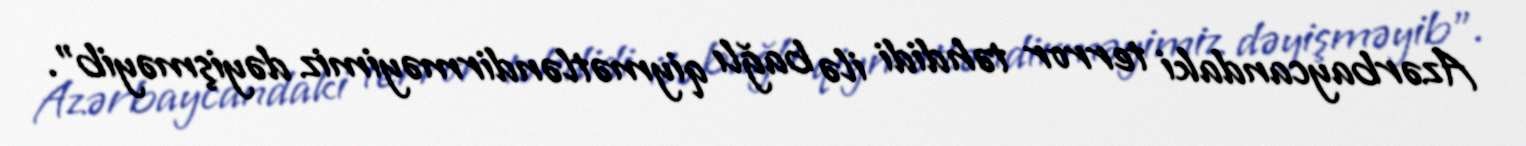
Azərbaycandaki terror təhdidi ilə bağlı qiymətləndirməyimiz dəyişməyib".